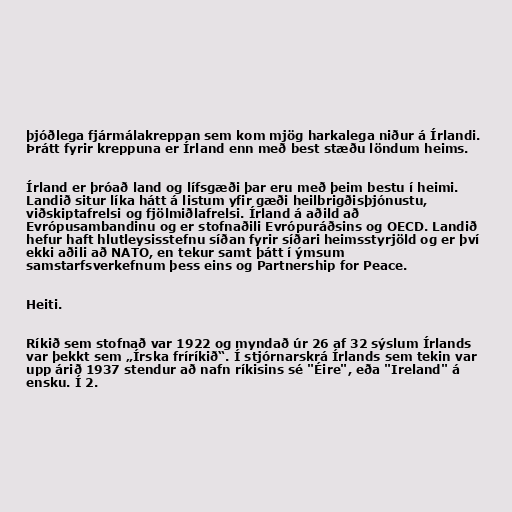
þjóðlega fjármálakreppan sem kom mjög harkalega niður á Írlandi.
Þrátt fyrir kreppuna er Írland enn með best stæðu löndum heims.

Írland er þróað land og lífsgæði þar eru með þeim bestu í heimi.
Landið situr líka hátt á listum yfir gæði heilbrigðisþjónustu,
viðskiptafrelsi og fjölmiðlafrelsi. Írland á aðild að
Evrópusambandinu og er stofnaðili Evrópuráðsins og OECD. Landið
hefur haft hlutleysisstefnu síðan fyrir síðari heimsstyrjöld og er því
ekki aðili að NATO, en tekur samt þátt í ýmsum
samstarfsverkefnum þess eins og Partnership for Peace.

Heiti.

Ríkið sem stofnað var 1922 og myndað úr 26 af 32 sýslum Írlands
var þekkt sem „Írska fríríkið“. Í stjórnarskrá Írlands sem tekin var
upp árið 1937 stendur að nafn ríkisins sé "Éire", eða "Ireland" á
ensku. Í 2.